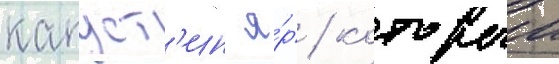
капуст'ин я́р / которыи